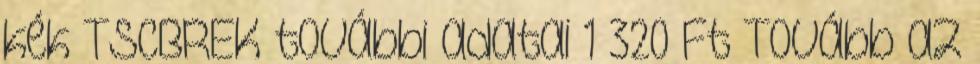
kék TSCBREK további adatai 1 320 Ft Tovább az